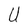
Character: U